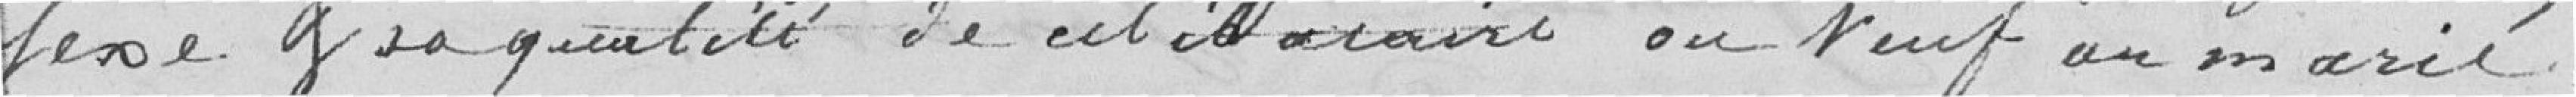
fasse sa quantité de cet